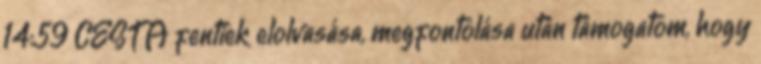
14:59 CEST A fentiek elolvasása, megfontolása után támogatom, hogy